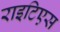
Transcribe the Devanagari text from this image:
राइटिएस